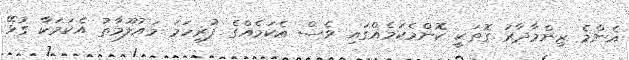
އެންމެ ޒިންމާދާރު ގޮތަކީ ކޮންމެކަމެއްގައި ވެސް އެކަމެއްގެ ފުރިހަމަ މައުލޫމާތު އެކަމަކާ ގުޅޭ